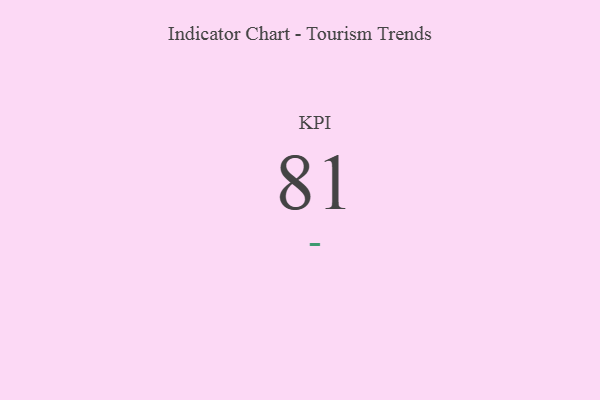
{"axis": {"x": "KPI", "y": "Value"}, "legend": [""], "data": [{"x": "KPI", "y": 81, "type": ""}]}